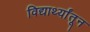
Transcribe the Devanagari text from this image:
विद्यार्थ्यांतून